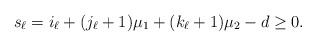
LaTeX: \begin{align*}s_\ell=i_\ell+(j_\ell+1)\mu_1+(k_\ell+1)\mu_2-d\geq0.\end{align*}